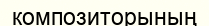
композиторының